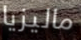
ماليزيا